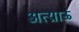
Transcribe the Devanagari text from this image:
अत्य्राऊ